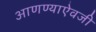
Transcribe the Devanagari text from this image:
आणण्याऐवजी